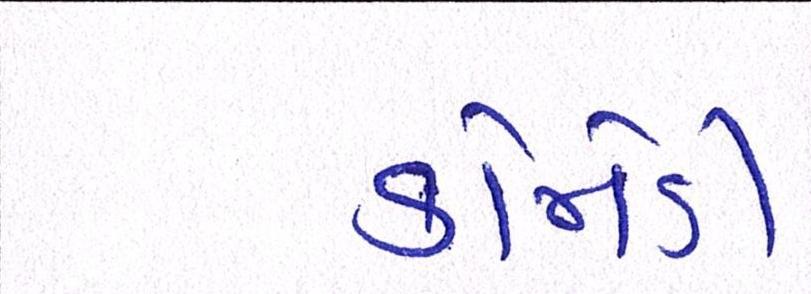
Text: કોમેડી